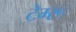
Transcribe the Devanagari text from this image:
टेम्‍रू